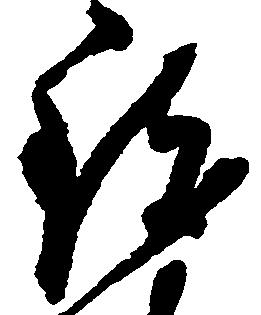
致